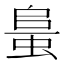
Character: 𧋰